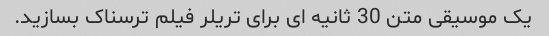
یک موسیقی متن 30 ثانیه ای برای تریلر فیلم ترسناک بسازید.